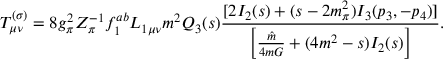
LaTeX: T _ { \mu \nu } ^ { ( \sigma ) } = 8 g _ { \pi } ^ { 2 } Z _ { \pi } ^ { - 1 } f _ { 1 } ^ { a b } { \cal L } _ { 1 \mu \nu } m ^ { 2 } Q _ { 3 } ( s ) \frac { [ 2 I _ { 2 } ( s ) + ( s - 2 m _ { \pi } ^ { 2 } ) I _ { 3 } ( p _ { 3 } , - p _ { 4 } ) ] } { \left[ \frac { \hat { m } } { 4 m G } + ( 4 m ^ { 2 } - s ) I _ { 2 } ( s ) \right] } .